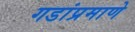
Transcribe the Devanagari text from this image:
गडांप्रमाणे